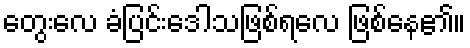
တွေးလေ ခံပြင်းဒေါသဖြစ်ရလေ ဖြစ်နေ၏။